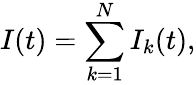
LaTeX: I(t)=\sum_{k=1}^{N}I_{k}(t),